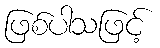
ဖြစ်ပါသဖြင့်